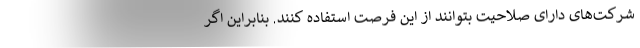
شرکت‌های دارای صلاحیت بتوانند از این فرصت استفاده کنند. بنابراین اگر